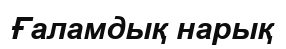
Ғаламдық нарық